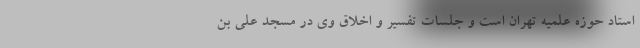
استاد حوزه علمیه تهران است و جلسات تفسیر و اخلاق وی در مسجد علی بن